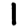
Digit: 1